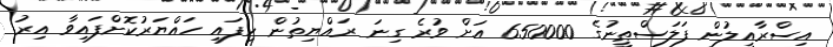
އިސްރާއީލުން ފަލަސްޠީނުގެ 650000 އަށް ވުރެ ގިނަ ރައްޔިތުން ހިފައި ހައްޔަރުކޮށްފައިވާ އިރު